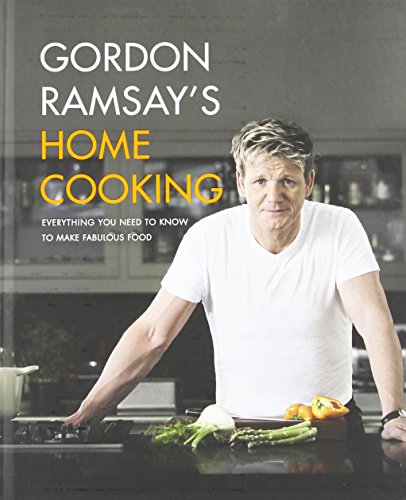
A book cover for Gordon Ramsay's Home Cooking: Everything You Need to Know to Make Fabulous Food; Gordon Ramsay; Cookbooks, Food & Wine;